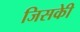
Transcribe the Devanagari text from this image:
जिसकीे